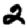
Digit: 2